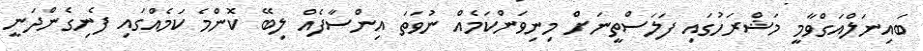
ބައިނަލްއަގްވާމީ މަޝްރަހުގައި ފަލަސްތީނަށް މިނިވަންކަމެއް ނުވަތަ އިންސާފެއް ލިބޭ ކޮންމެ ކަމެއްގައި ފެނިގެންދަނީ